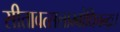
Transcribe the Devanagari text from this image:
सीतावत्सलाम्बोधिचन्द्रः।